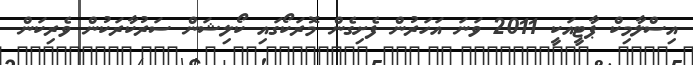
އިސްލާމިކް ޕާޓީއަކީ 2011 ވަނަ އަހަރުން ފެށިގެން މޮރަކޯގައި ކޯލިޝަން ސަރުކާރަކުން ވެރިކަން